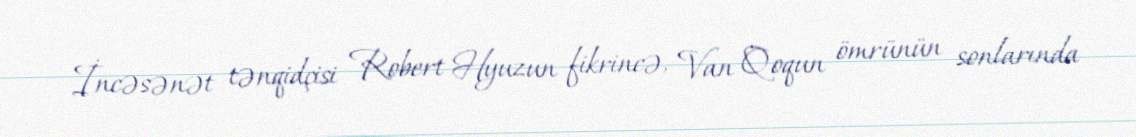
İncəsənət tənqidçisi Robert Hyuzun fikrincə, Van Qoqun ömrünün sonlarında